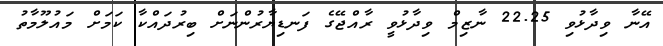
އޭނާ ވިދާޅުވި 22.25 ނާޒިމް ވިދާޅުވީ ރާއްޖޭގެ ފަނޑިޔާރުންނަށް ބިރުދައްކާ ކަމަށް މައުލޫމާތު